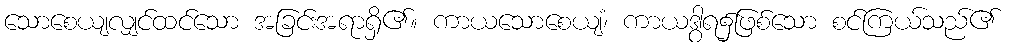
သောစေယျလျှင်ထင်သော အခြင်းအရာရှိ၏။ ကာယသောစေယျံ၊ ကာယဒွါရ၌ဖြစ်သော စင်ကြယ်သည်၏